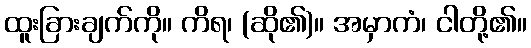
ထူးခြားချက်ကို။ ကိရ၊ (ဆို၏)။ အမှာကံ၊ ငါတို့၏။